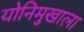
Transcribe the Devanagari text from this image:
योनिमुखाला